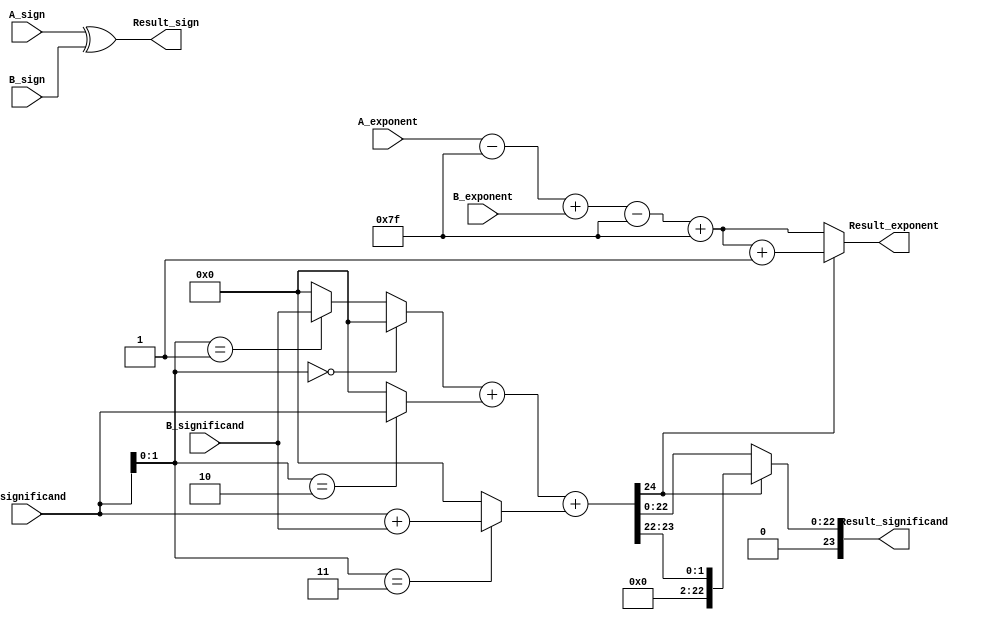
module radix4_fp_multiplier #(
    parameter e = 8,  // Number of exponent bits
    parameter m = 23, // Number of significand bits
    parameter BIAS = 127 // Bias for exponent
)(
    input wire [0:0] A_sign,
    input wire [e-1:0] A_exponent,
    input wire [m:0] A_significand,  // Including implied bit
    input wire [0:0] B_sign,
    input wire [e-1:0] B_exponent,
    input wire [m:0] B_significand,  // Including implied bit
    output reg [0:0] Result_sign,
    output reg [e-1:0] Result_exponent,
    output reg [m:0] Result_significand // Including implied bit
);

// Internal wires
reg [m:0] A_sig, B_sig;
reg [m:0] Pb0, Pb1, Pb2, Pb3; // Partial products
reg [m+1:0] partial_sum; // To hold sum of partial products
reg [e-1:0] exponent_temp;

// Step 1: Normalize input significands
always @(*) begin
    // Assume the significands are normalized as they come in
    A_sig = A_significand;
    B_sig = B_significand;
    
    // Step 2: Compute result sign
    Result_sign = A_sign ^ B_sign;

    // Step 3: Compute result exponent
    exponent_temp = A_exponent - BIAS + B_exponent - BIAS + BIAS;
    Result_exponent = exponent_temp;

    // Step 4: Radix-4 partial product generation
    // Group into pairs of bits for multiplication
    Pb0 = (A_sig[1:0] == 2'b00) ? 0 : ((A_sig[1:0] == 2'b01) ? B_sig : 0);
    Pb1 = (A_sig[1:0] == 2'b10) ? A_sig : 0;
    Pb2 = (A_sig[1:0] == 2'b11) ? (A_sig + B_sig) : 0;
    Pb3 = 0; // Higher bits will be handled in a specific way

    // Step 5: Add partial products
    partial_sum = Pb0 + Pb1 + Pb2; // Can add more partial sums as needed

    // Step 6: Normalize the result and prepare for rounding
    if (partial_sum[m+1]) begin
        // Shift right if the significand is too large
        Result_significand = partial_sum[m:m-1]; // Example shift logic
        Result_exponent = Result_exponent + 1;
    end else begin
        Result_significand = partial_sum[m-1:0]; // Keep the same size 
    end 

    // Step 7: Rounding (implement round-to-nearest even here)
    // Placeholder for rounding logic
end

endmodule